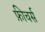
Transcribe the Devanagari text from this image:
फ़ीचर्स